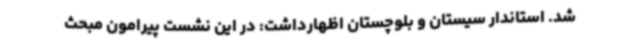
شد. استاندار سیستان و بلوچستان اظهارداشت: در این نشست پیرامون مبحث